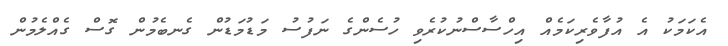
އެކަމަކު އެ އުފާވެރިކަމެއް އިހްސާސްނުކުރެވި ހުސެންގެ ނަފުސު މަޑުމަޑުން ގެނބެމުން ގޮސް ގެއްލެމުން